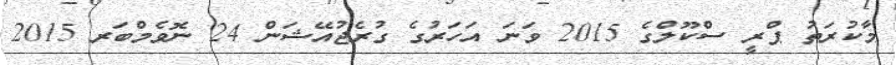
މާކުރަތު ޕްރީ ސްކޫލްގެ 2015 ވަނަ އަހަރުގެ ގުރެޖުއޭޝަން 24 ނޮވެމްބަރ 2015